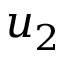
u _ { 2 }